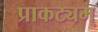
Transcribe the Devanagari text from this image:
प्राकट्यम्